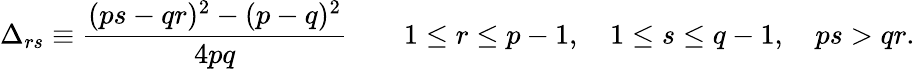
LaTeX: \Delta_{rs}\equiv\frac{(ps-qr)^{2}-(p-q)^{2}}{4pq}\qquad 1\leq r\leq p-1,\quad 1\leq s\leq q-1,\quad ps>qr.